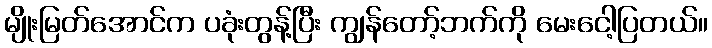
မျိုးမြတ်အောင်က ပခုံးတွန့်ပြီး ကျွန်တော့်ဘက်ကို မေးငေါ့ပြတယ်။